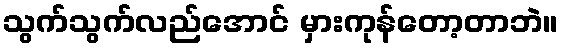
သွက်သွက်လည်အောင် မှားကုန်တော့တာဘဲ။